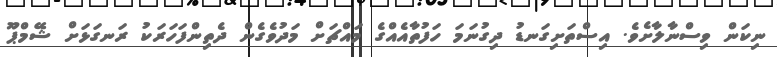
ނިކަން ވިސްނާލާށެވެ. އިސްތަށިގަނޑު ދިގުނަމަ ހަފުތާއެއްގެ މައްޗަށް މަދުވެގެން ދެތިންފަހަރަކު ރަނގަޅަށް ޝޭމްޕޫ